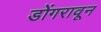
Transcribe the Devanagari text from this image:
डोंगरावून